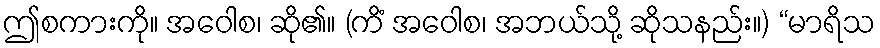
ဤစကားကို။ အဝေါစ၊ ဆို၏။ (ကိံ အဝေါစ၊ အဘယ်သို့ ဆိုသနည်း။) “မာရိသ